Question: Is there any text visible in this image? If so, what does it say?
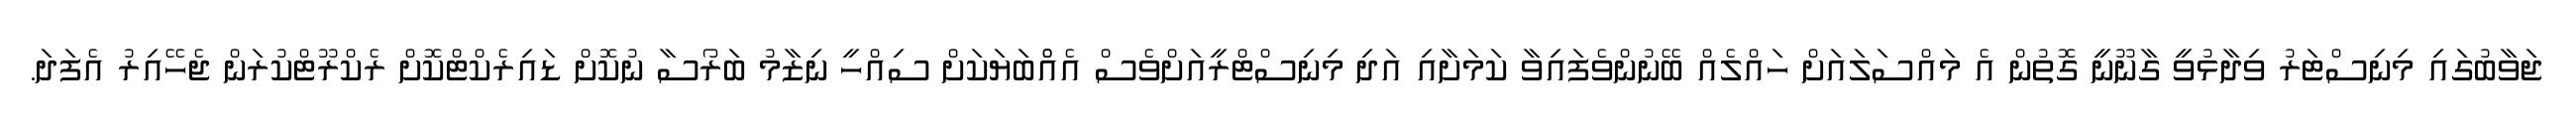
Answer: ޖަވާބުގައި މިނިސްޓަރު ވިދާޅުވީ ގާނޫނީ ގޮތުން އެ މައްސަލައަށް ހައްލެއް ބޭނުންވެފައިވާ ކަމަށާއި އަދި މިނިސްޓްރީއަށްވެސް އެއްްބަޔަކަށް ސިއްހީ ނިޒާމު ބަރޯސާ ނުކޮށް ޑައިރެކްޓްކޮށް ރެކްރޫޓްކުރަން ޖެހޭއިރު އެފަދަ.